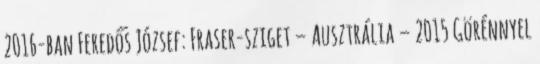
2016-ban Feredős József: Fraser-sziget – Ausztrália – 2015 Görénnyel